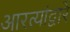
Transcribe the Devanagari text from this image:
आरत्यांद्वारे